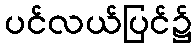
ပင်လယ်ပြင်၌